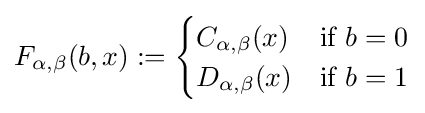
F_{\alpha ,\beta }(b,x):={\begin{cases}C_{\alpha ,\beta }(x)&{\text{if }}b=0\\D_{\alpha ,\beta }(x)&{\text{if }}b=1\\\end{cases}}